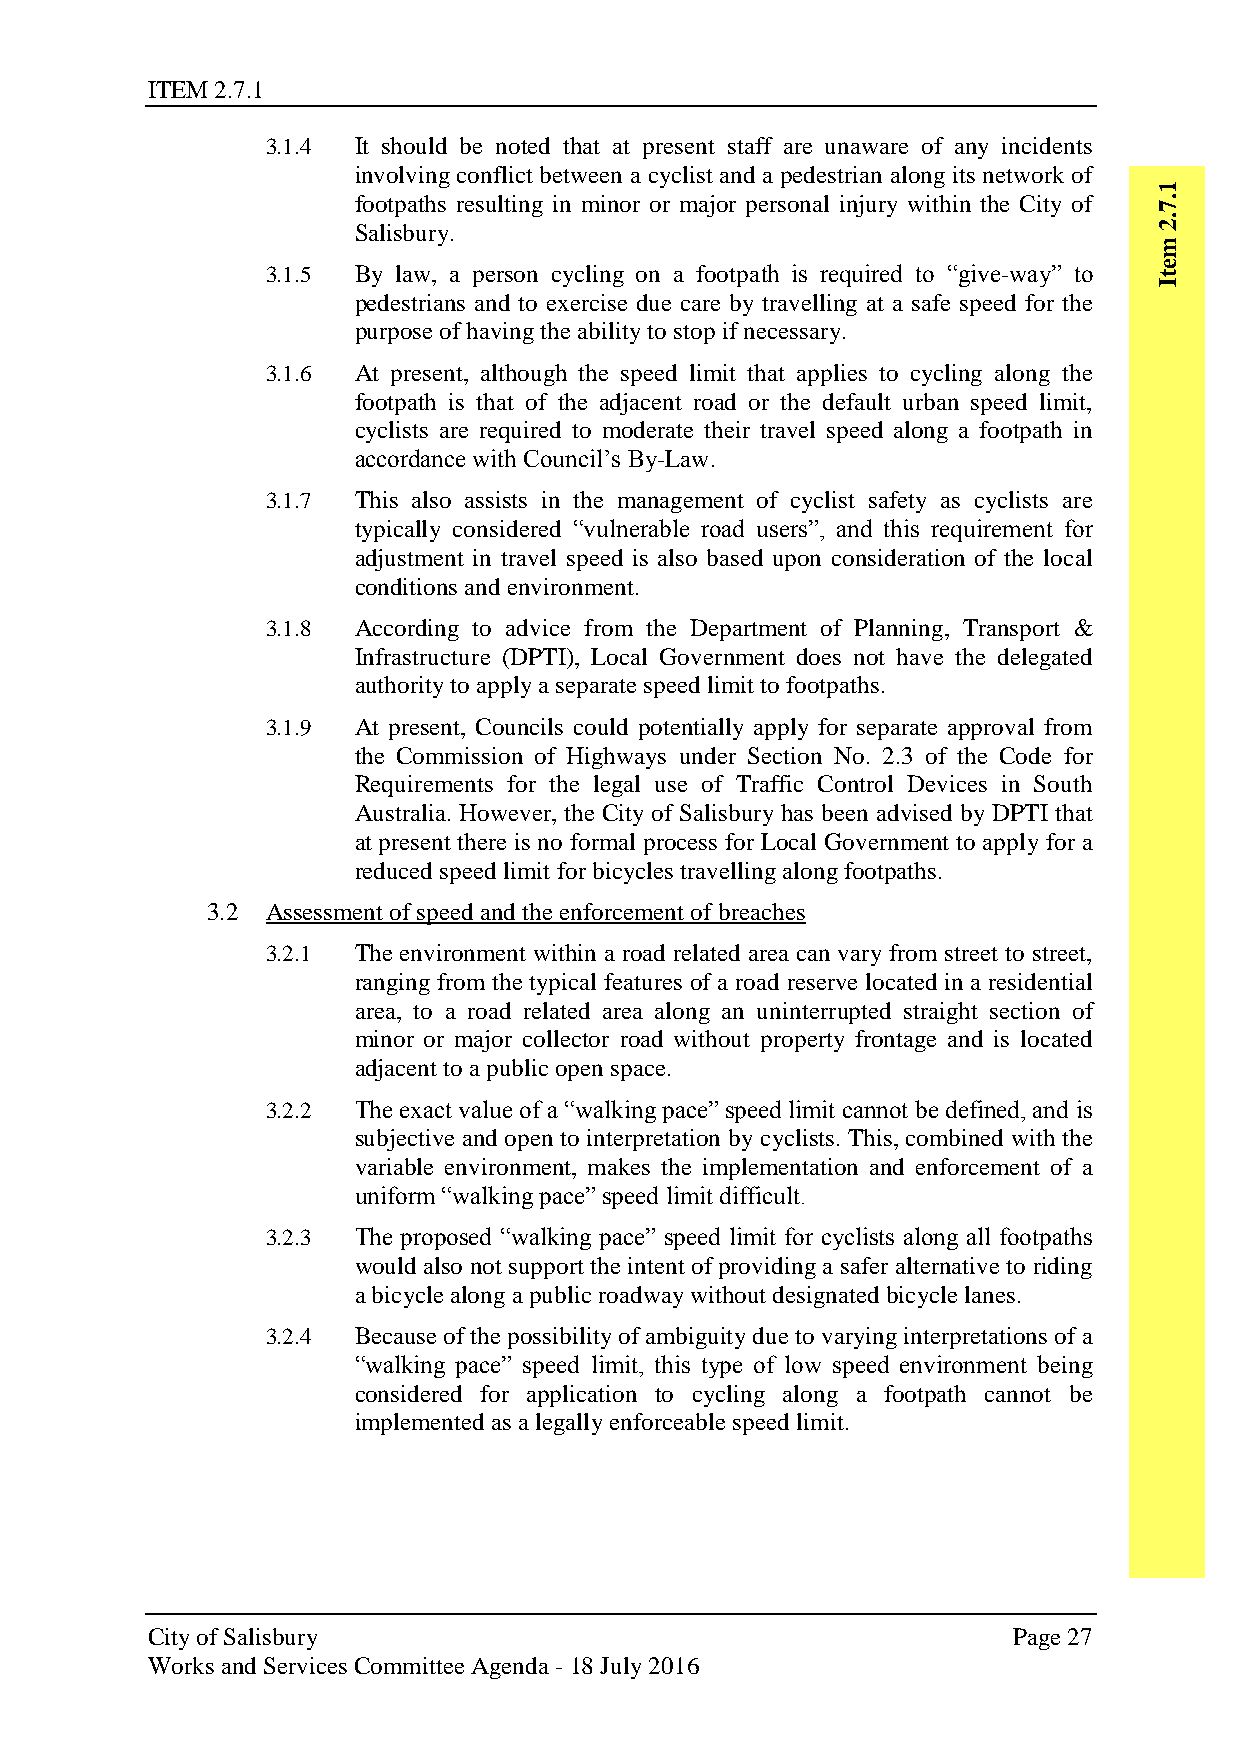
ITEM 2.7.1
 3.1.4 It should be noted that at present staff are unaware of any incidents
 involving conflict between a cyclist and a pedestrian along its network of
 1
 footpaths resulting in minor or major personal injury within the City of .7
 Salisbury.
 .2
 m
 3.1.5 By law, a person cycling on a footpath is required to “give-way” to e t
 I
 pedestrians and to exercise due care by travelling at a safe speed for the
 purpose of having the ability to stop if necessary.
 3.1.6 At present, although the speed limit that applies to cycling along the
 footpath is that of the adjacent road or the default urban speed limit,
 cyclists are required to moderate their travel speed along a footpath in
 accordance with Council’s By-Law.
 3.1.7 This also assists in the management of cyclist safety as cyclists are
 typically considered “vulnerable road users”, and this requirement for
 adjustment in travel speed is also based upon consideration of the local
 conditions and environment.
 3.1.8 According to advice from the Department of Planning, Transport &
 Infrastructure (DPTI), Local Government does not have the delegated
 authority to apply a separate speed limit to footpaths.
 3.1.9 At present, Councils could potentially apply for separate approval from
 the Commission of Highways under Section No. 2.3 of the Code for
 Requirements for the legal use of Traffic Control Devices in South
 Australia. However, the City of Salisbury has been advised by DPTI that
 at present there is no formal process for Local Government to apply for a
 reduced speed limit for bicycles travelling along footpaths.
 3.2 Assessment of speed and the enforcement of breaches
 3.2.1 The environment within a road related area can vary from street to street,
 ranging from the typical features of a road reserve located in a residential
 area, to a road related area along an uninterrupted straight section of
 minor or major collector road without property frontage and is located
 adjacent to a public open space.
 3.2.2 The exact value of a “walking pace” speed limit cannot be defined, and is
 subjective and open to interpretation by cyclists. This, combined with the
 variable environment, makes the implementation and enforcement of a
 uniform “walking pace” speed limit difficult.
 3.2.3 The proposed “walking pace” speed limit for cyclists along all footpaths
 would also not support the intent of providing a safer alternative to riding
 a bicycle along a public roadway without designated bicycle lanes.
 3.2.4 Because of the possibility of ambiguity due to varying interpretations of a
 “walking pace” speed limit, this type of low speed environment being
 considered for application to cycling along a footpath cannot be
 implemented as a legally enforceable speed limit.
 City of Salisbury                                        Page 27
 Works and Services Committee Agenda - 18 July 2016